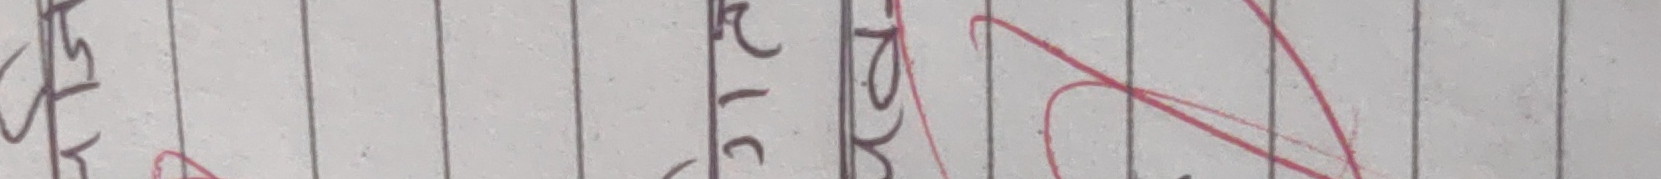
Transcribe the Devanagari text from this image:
२ १ ५ १०